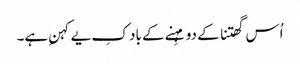
اُس گھتنا کے دو مہِنے کے باد کِ یے کہنِ ہے۔